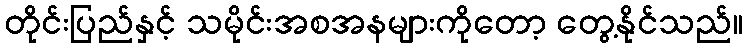
တိုင်းပြည်နှင့် သမိုင်းအစအနများကိုတော့ တွေ့နိုင်သည်။